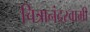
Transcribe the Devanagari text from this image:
चित्रानंदस्वामी